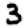
Digit: 3